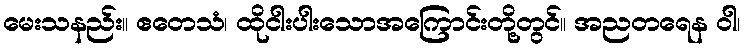
မေးသနည်း။ ဧတေသံ၊ ထိုငါးပါးသောအကြောင်းတို့တွင်။ အညတရေန ဝါ၊